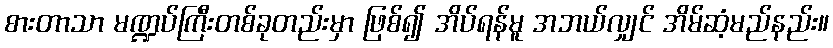
စားတာသာ မဏ္ဍပ်ကြီးတစ်ခုတည်းမှာ ဖြစ်၍ အိပ်ရန်မူ အဘယ်လျှင် အိမ်ဆံ့မည်နည်း။